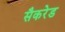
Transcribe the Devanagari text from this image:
सैकरेड